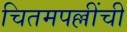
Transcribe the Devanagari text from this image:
चितमपल्लींची